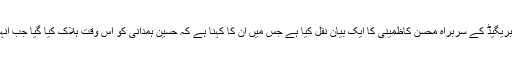
فارسی نیوز ویب پورٹل” جماران” نے “محمد رسول اللہ ” بریگیڈ کے سربراہ محسن کاظمینی کا ایک بیان نقل کیا ہے جس میں ان کا کہنا ہے کہ حسین ہمدانی کو اس وقت ہلاک کیا گیا جب انہیں شام میں ایک سے دوسرے مقام پر منتقل کیا جا رہا تھا۔